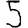
Digit: 5